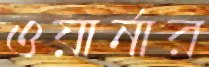
ওয়ার্নার